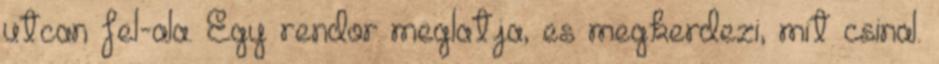
utcan fel-ala. Egy rendor meglatja, es megkerdezi, mit csinal.